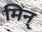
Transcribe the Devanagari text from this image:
मिन्‌